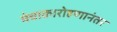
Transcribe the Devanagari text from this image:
मंचाकारोहणानंतर